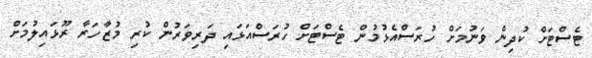
ޓެސްޓަށް ކުދިން ވަނުމަށް ހުރަސްއެޅުމުން ޓެސްޓަށް ހުރަސްއަޅައި ދަރިވަރުން ކުރި މުޒާހަރާ ރޫޅައިލުމަށް